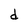
Character: d